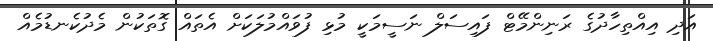
އަދި އިއްތިހާދުގެ ރަނިންމޭޓް ފައިސަލް ނަސީމަކީ މުޅި ފުވައްމުލަކަށް އެތައް ގޮތަކުން މެދުކެނޑުމެއް